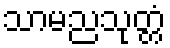
သာမညသုတ္တံ